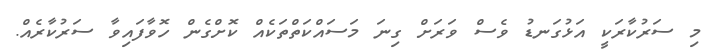
މި ސަރުކާރަކީ އަޅުގަނޑު ވެސް ވަރަށް ގިނަ މަސައްކަތްތަކެއް ކޮށްގެން ހޮވާފައިވާ ސަރުކާރެއް.